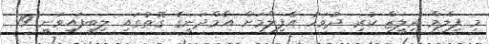
މި ފިލްމް ރިލީޒް ކުރި ދުވަހު އެފިލްމަށް އާމްދަނީގެ ގޮތުގައި ލިބިފައިވަނީ 19